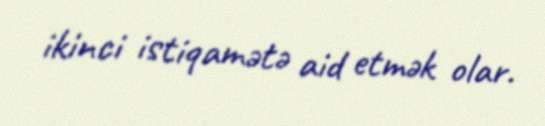
ikinci istiqamətə aid etmək olar.